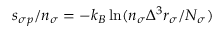
s _ { \sigma p } / n _ { \sigma } = - k _ { B } \ln ( n _ { \sigma } \Delta ^ { 3 } r _ { \sigma } / N _ { \sigma } )